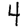
Digit: 4